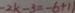
- 2 k - 3 = - 6 + 1 1